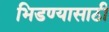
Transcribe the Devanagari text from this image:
भिडण्यासाठी